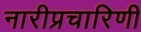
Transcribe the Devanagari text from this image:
नारीप्रचारिणी